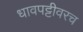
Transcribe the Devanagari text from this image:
धावपट्टीवरच